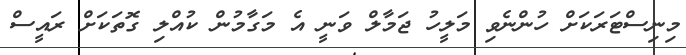
މިނިސްޓަރަކަށް ހުންނެވި މަލީހު ޖަމާލް ވަނީ އެ މަގާމުން ކުއްލި ގޮތަކަށް ރައީސް